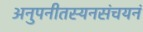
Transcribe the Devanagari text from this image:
अनुपनीतस्यनसंचयनं